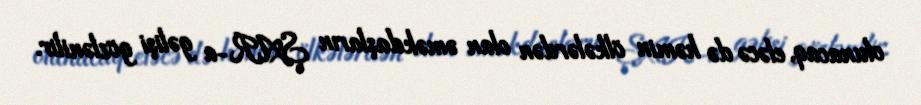
olunacaq, eləcə də həmin ölkələrdən olan əməkdaşların ŞAR-a gəlişi gözlənilir.